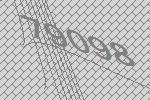
79098